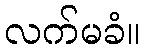
လက်မခံ။